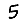
Digit: 5